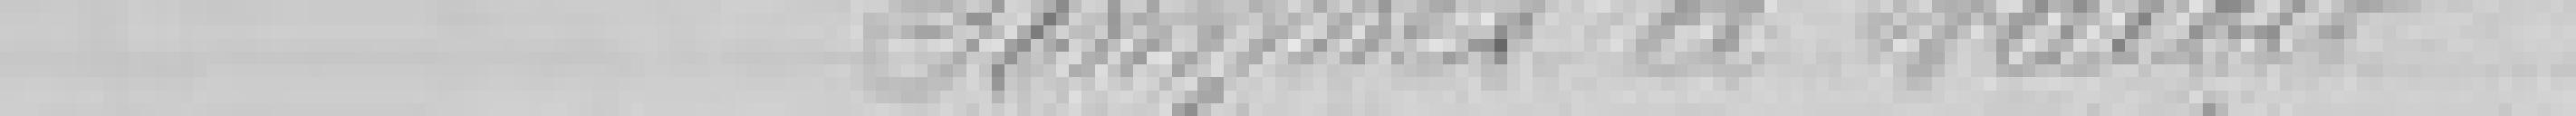
sommes à valoir